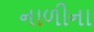
નાળીના